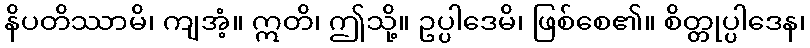
နိပတိဿာမိ၊ ကျအံ့။ ဣတိ၊ ဤသို့။ ဥပ္ပါဒေမိ၊ ဖြစ်စေ၏။ စိတ္တုပ္ပါဒေန၊